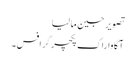
تصویر جین مالیا
آگاوا راک پکچرگرافس۔